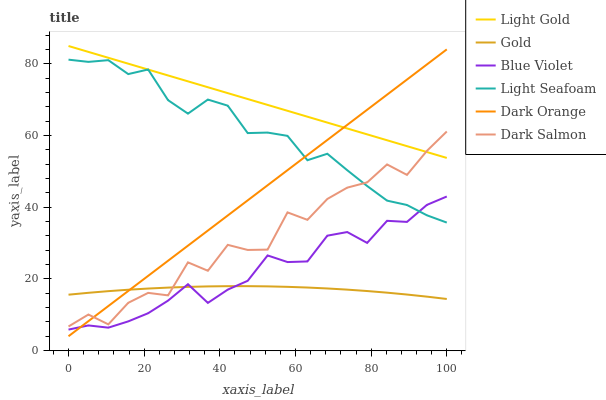
| xaxis_label | Light Gold | Gold | Blue Violet | Light Seafoam | Dark Orange | Dark Salmon |
 | --- | --- | --- | --- | --- | --- | --- |
 | 0 | 85 | 15.6 | 5.86 | 81.2 | 4 | 6.73 |
 | 5.26 | 83.4 | 16.1 | 7.02 | 80.6 | 8.21 | 10.1 |
 | 10.5 | 81.7 | 16.6 | 6.4 | 81.1 | 12.4 | 7.32 |
 | 15.8 | 80.1 | 17 | 8.15 | 77.2 | 16.6 | 13.3 |
 | 21.1 | 78.4 | 17.3 | 10.4 | 78.5 | 20.9 | 16.1 |
 | 26.3 | 76.8 | 17.6 | 13.9 | 69.9 | 25.1 | 15.4 |
 | 31.6 | 75.1 | 17.8 | 18.5 | 66.1 | 29.3 | 24.6 |
 | 36.8 | 73.5 | 17.9 | 13.3 | 70.1 | 33.5 | 22.3 |
 | 42.1 | 71.8 | 18 | 17 | 68.3 | 37.7 | 29.5 |
 | 47.4 | 70.2 | 18 | 19.5 | 60.7 | 41.9 | 28.1 |
 | 52.6 | 68.6 | 17.9 | 26.6 | 60.8 | 46.1 | 28.2 |
 | 57.9 | 66.9 | 17.8 | 24.7 | 59.9 | 50.4 | 38.6 |
 | 63.2 | 65.3 | 17.6 | 24.9 | 53.1 | 54.6 | 36.5 |
 | 68.4 | 63.6 | 17.3 | 32.1 | 54.9 | 58.8 | 42.3 |
 | 73.7 | 62 | 17 | 33.1 | 50.3 | 63 | 45.5 |
 | 78.9 | 60.3 | 16.6 | 30 | 45.9 | 67.2 | 46.9 |
 | 84.2 | 58.7 | 16.2 | 36.2 | 41.9 | 71.4 | 52 |
 | 89.5 | 57.1 | 15.6 | 35.9 | 40.6 | 75.6 | 49 |
 | 94.7 | 55.4 | 15.1 | 40.7 | 37.8 | 79.8 | 55.7 |
 | 100 | 53.8 | 14.4 | 43 | 35.7 | 84.1 | 61.1 |